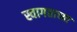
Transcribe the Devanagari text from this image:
स्वागताच्या